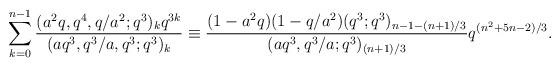
LaTeX: \begin{align*}\sum_{k=0}^{n-1}\frac{(a^2q,q^4,q/a^2;q^3)_kq^{3k}}{(aq^3,q^3/a,q^3;q^3)_k}\equiv\frac{(1-a^2q)(1-q/a^2)(q^3;q^3)_{n-1-(n+1)/3}}{(aq^3,q^3/a;q^3)_{(n+1)/3}}q^{(n^2+5n-2)/3}.\end{align*}